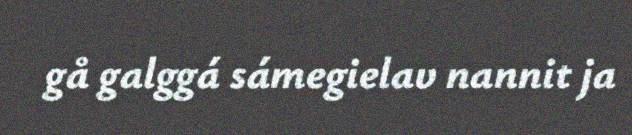
gå galggá sámegielav nannit ja